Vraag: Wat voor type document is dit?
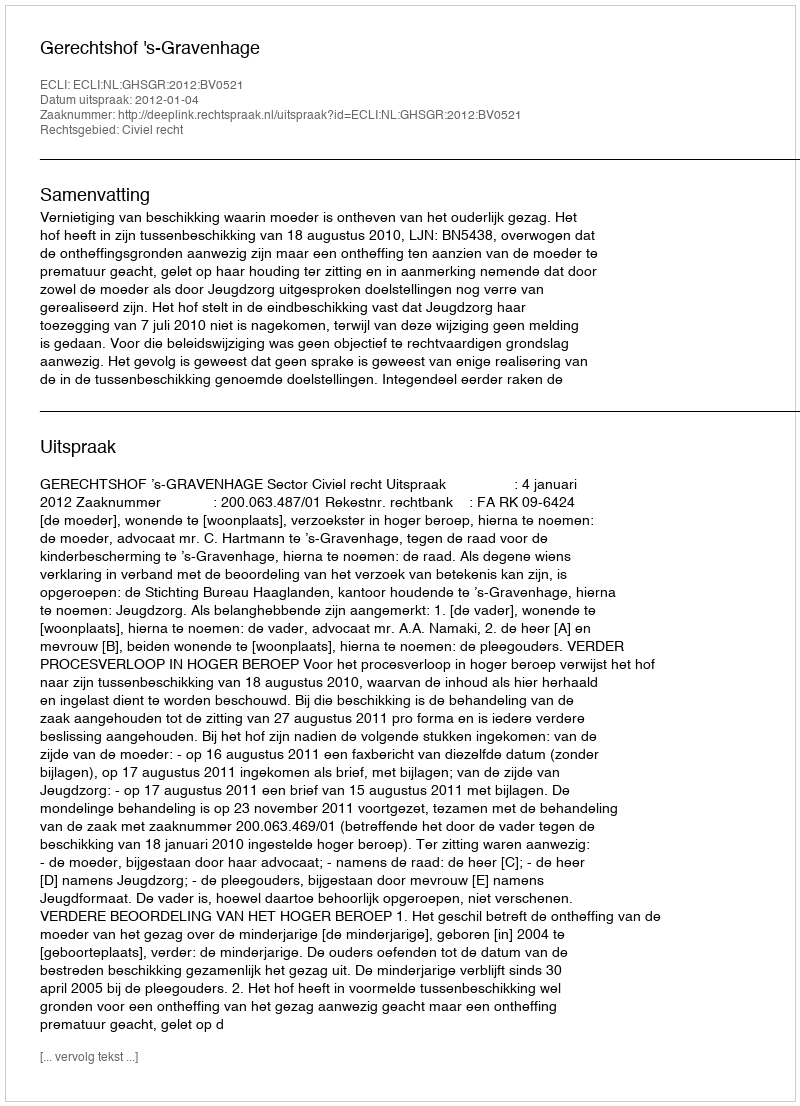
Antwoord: Uitspraak